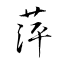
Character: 萍